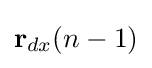
\mathbf {r} _{dx}(n-1)